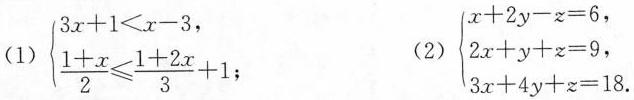
(1)$$\left\{ \begin{matrix}3x+1<x-3, \\ \frac{1+x}{2}\leqslant \frac{1+2x}{3}+1; \end{matrix} \right.$$ (2)$$\left\{ \begin{matrix} x+2y-z=6, \\ 2x+y+z=9, \\ 3x+4y+z=18.\end{matrix} \right.$$